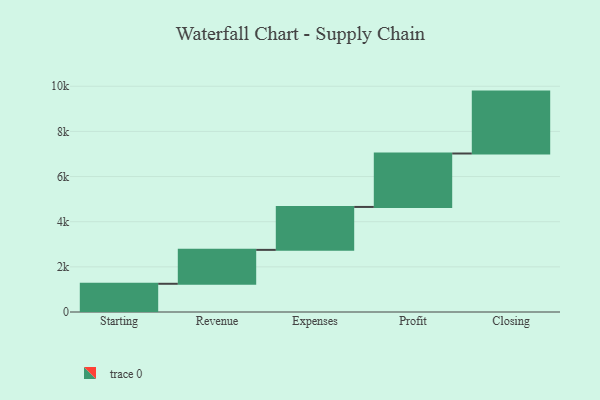
{"axis": {"x": "Step", "y": "Value"}, "legend": [""], "data": [{"x": "Starting", "y": 1250.0, "type": ""}, {"x": "Revenue", "y": 1502.0, "type": ""}, {"x": "Expenses", "y": 1902.0, "type": ""}, {"x": "Profit", "y": 2367.0, "type": ""}, {"x": "Closing", "y": 2742.0, "type": ""}]}